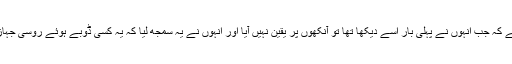
مقامی یونیورسٹی کے شعبہ آثار قدیمہ کے سربراہ مصطفی آکوس اور غوطہ خور جمالی بائیرول کا کہناہے کہ جب انہوں نے پہلی بار اسے دیکھا تھا تو آنکھوں پر یقین نہیں آیا اور انہوں نے یہ سمجھ لیا کہ یہ کسی ڈوبے ہوئے روسی جہاز کا حصہ ہے تاہم 10برس سے زیادہ عرصے کی تگ و دو نے اپنا رنگ دکھایا اور حقیقت سامنے آگئی۔